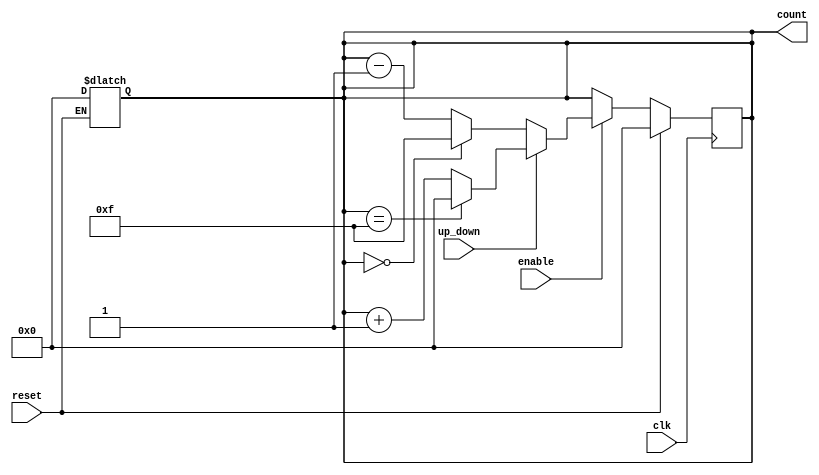
module UpDownCounter (
    input wire clk,            // Clock input
    input wire reset,          // Asynchronous reset
    input wire up_down,        // Control signal for counting direction
    input wire enable,         // Enable signal for counting
    output reg [3:0] count     // 4-bit counter output
);

    // Maximum value for a 4-bit counter
    localparam MAX_COUNT = 4'b1111; // 15 in decimal

    // Asynchronous reset
    always @(*) begin
        if (reset) begin
            count = 4'b0000; // Reset count to 0
        end
    end

    // Synchronous counting logic
    always @(posedge clk) begin
        if (reset) begin
            count <= 4'b0000; // Reset count to 0 on reset
        end else if (enable) begin
            // Count Up
            if (up_down) begin
                if (count == MAX_COUNT) begin
                    count <= 4'b0000; // Wrap around to 0
                end else begin
                    count <= count + 1; // Increment count
                end
            end
            // Count Down
            else begin
                if (count == 4'b0000) begin
                    count <= MAX_COUNT; // Wrap around to MAX_COUNT
                end else begin
                    count <= count - 1; // Decrement count
                end
            end
        end
    end

endmodule